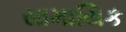
સામાયિક